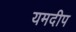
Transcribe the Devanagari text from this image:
यमदीप